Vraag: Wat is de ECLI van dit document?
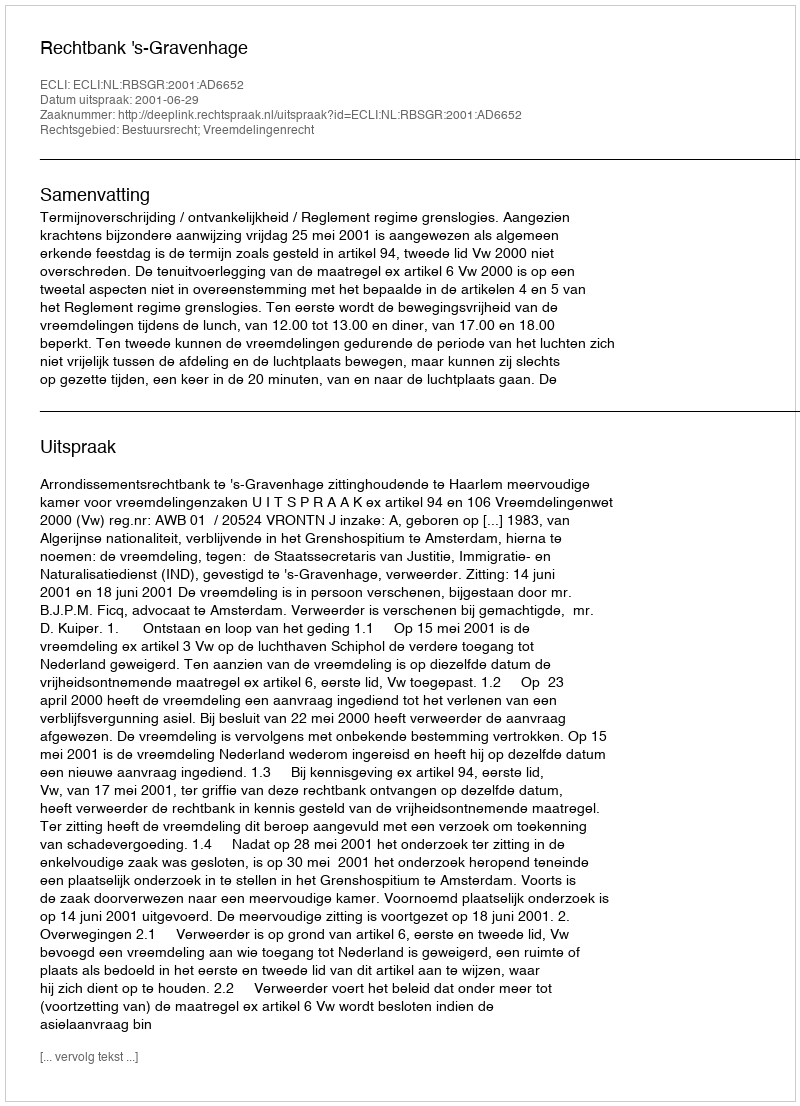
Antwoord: ECLI:NL:RBSGR:2001:AD6652